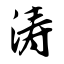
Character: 涛